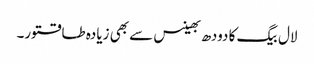
لال بیگ کا دودھ بھینس سے بھی زیادہ طاقتور۔